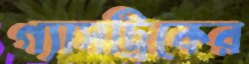
গ্যাসট্রিকের